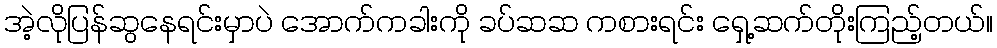
အဲ့လိုပြန်ဆွနေရင်းမှာပဲ အောက်ကခါးကို ခပ်ဆဆ ကစားရင်း ရှေ့ဆက်တိုးကြည့်တယ်။